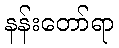
နန်းတော်ရာ